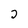
Character: 2